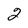
Character: 2